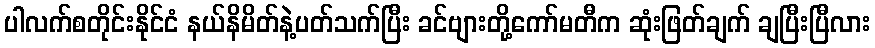
ပါလက်စတိုင်းနိုင်ငံ နယ်နိမိတ်နဲ့ပတ်သက်ပြီး ခင်ဗျားတို့ကော်မတီက ဆုံးဖြတ်ချက် ချပြီးပြီလား